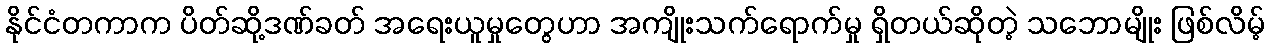
နိုင်ငံတကာက ပိတ်ဆို့ဒဏ်ခတ် အရေးယူမှုတွေဟာ အကျိုးသက်ရောက်မှု ရှိတယ်ဆိုတဲ့ သဘောမျိုး ဖြစ်လိမ့်